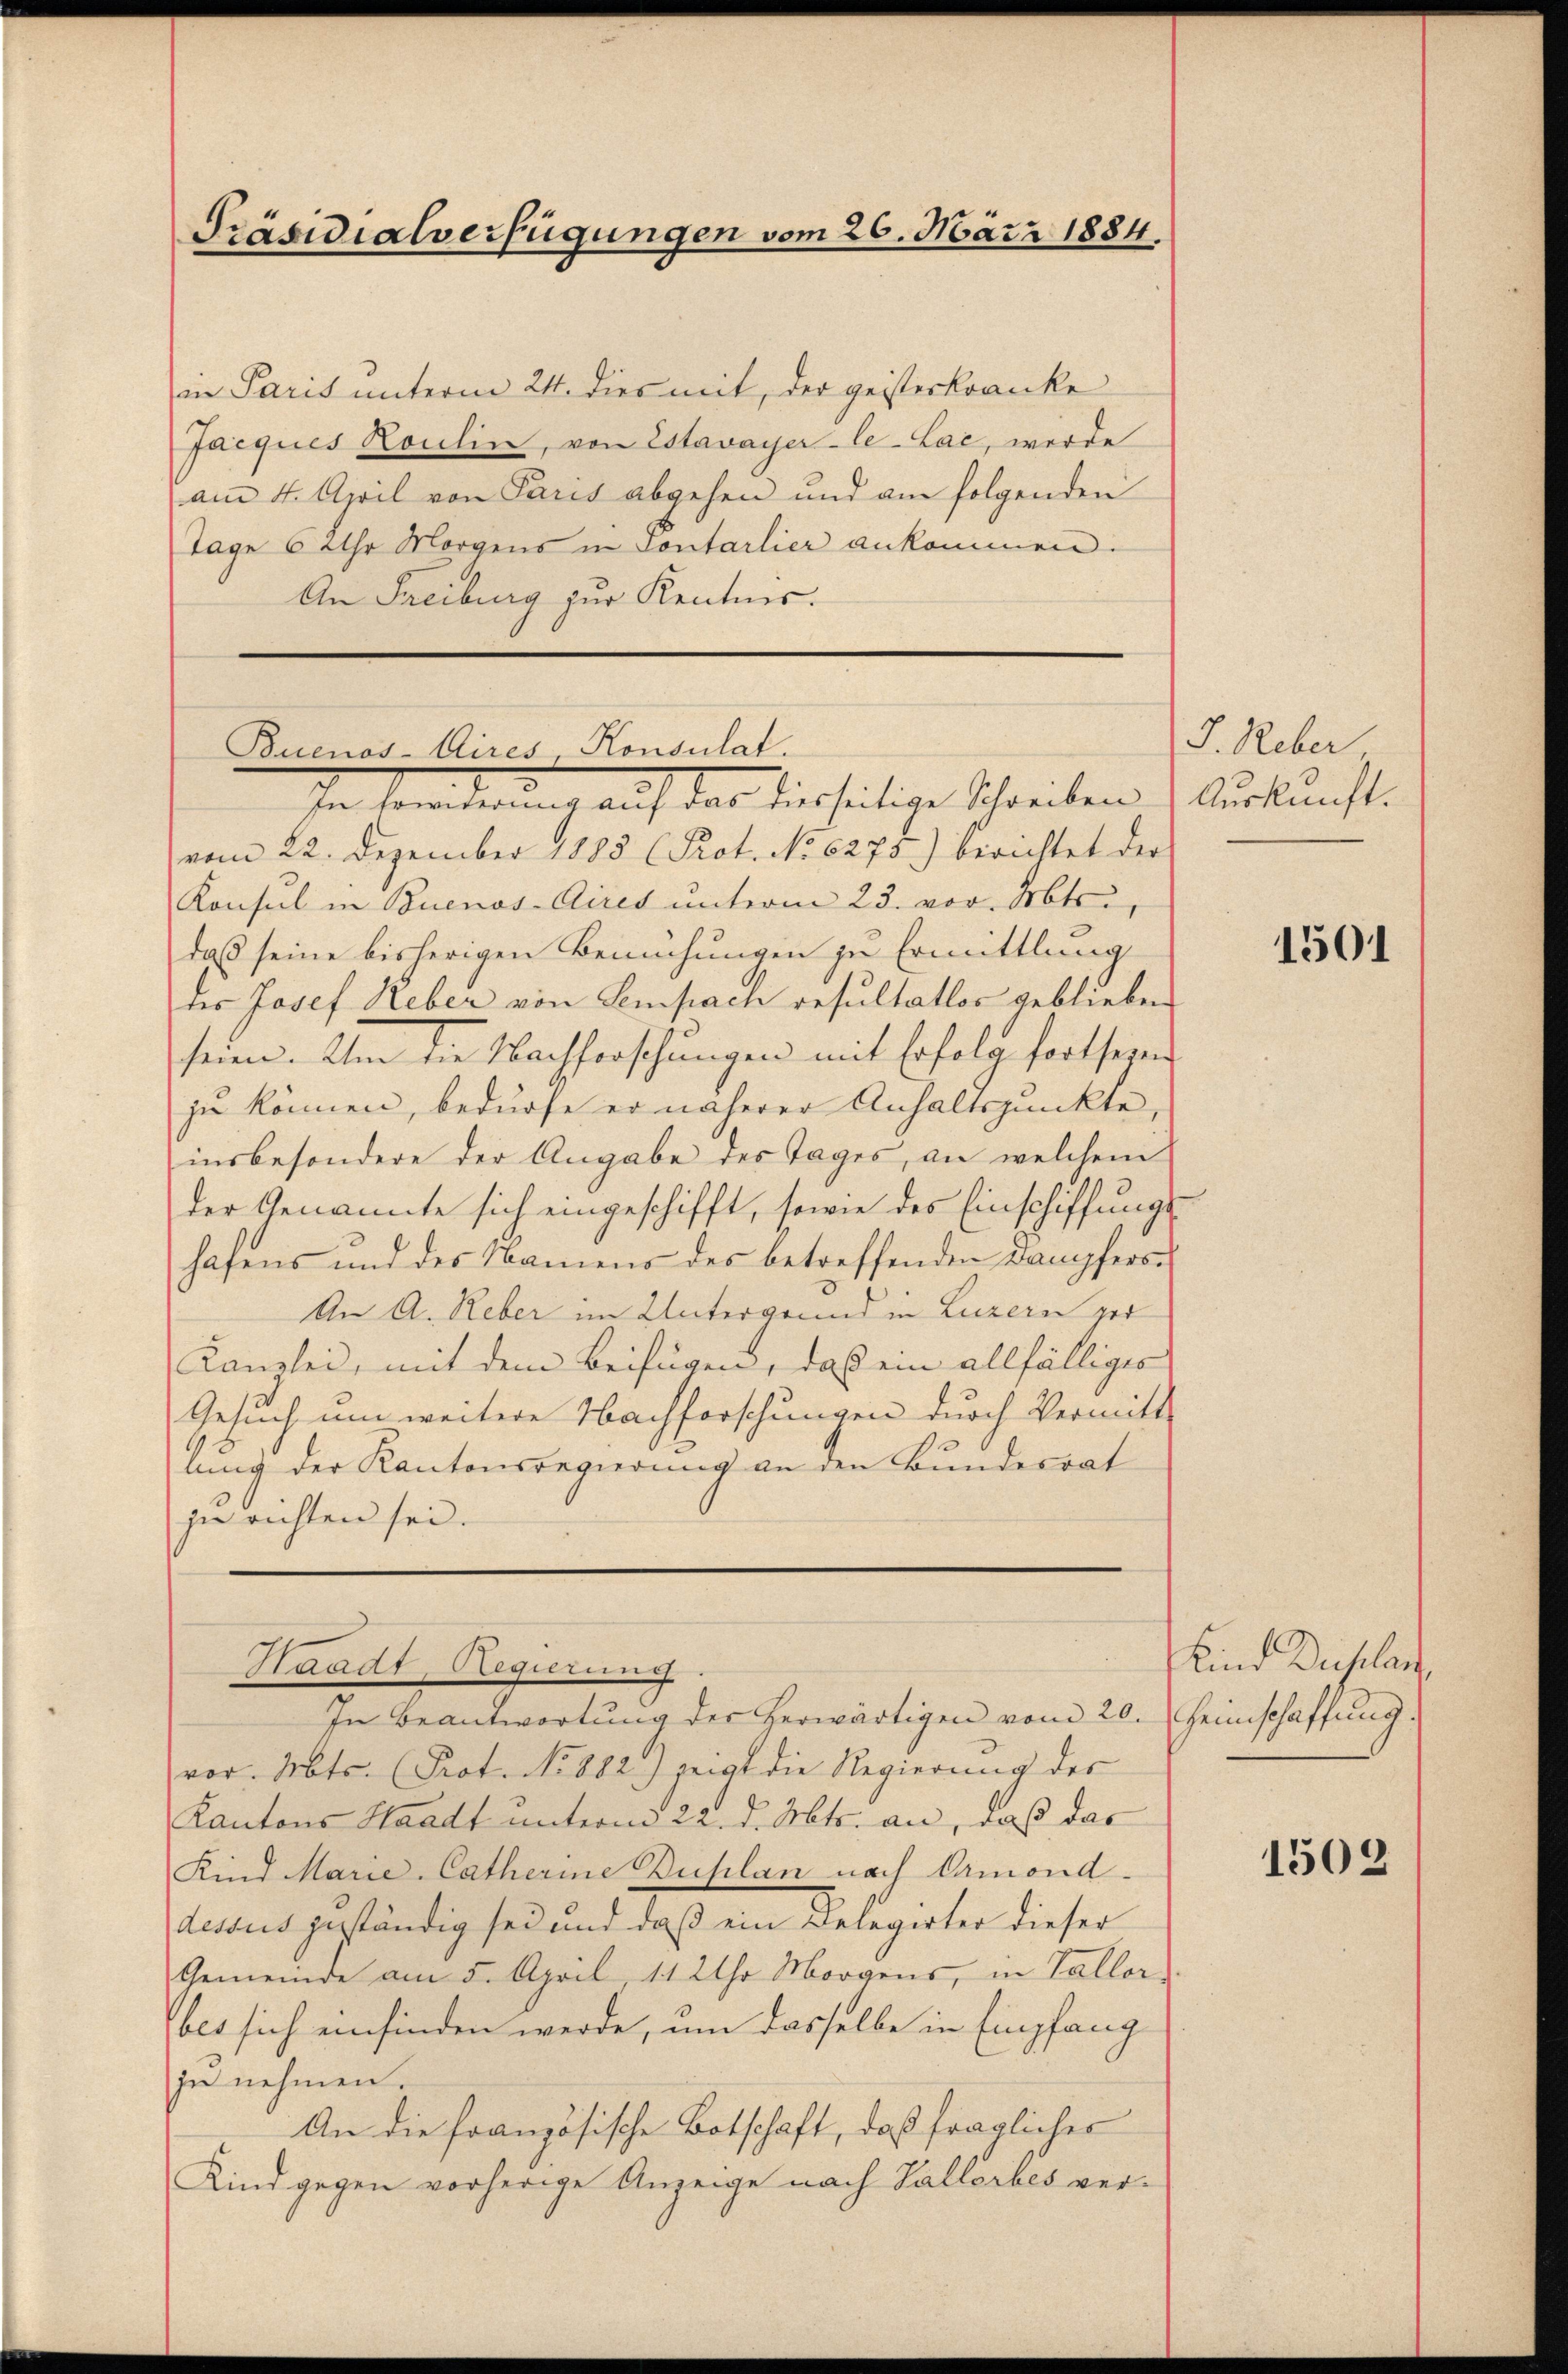
Präsidialverfügungen vom 26. März 1884.

in Paris unterm 24. dies mit, der geisterkranke
Jacques Koulin, von Estavayer-le-Lac, werde
am 4. April von Paris abgehen und am folgenden
Tage 6 Uhr Morgens in Sontarlier ankommen.
An Freiburg zur Kenntnis.

Buenos-Aires, Konsulat.
De Sonderung auf das derseitige Schreiben & Auskunft.

vom 22. Dezember 1883 (Prot. No 6275) berichtet der
Konsul in Buenos-Aires unterm 23. vor. Mts.,
daß seine bisherigen Bemühungen zu Ermittlung
des Josef Heber von Sempach resultatlos geblieben
seien. Um die Nachforschungen mit Erfolg fort seyen
zu können, bedürfe er näherer Anhaltspunkte,
insbesondere der Angabe des Tages, an welchem
der Genannte sich eingeschifft, sowie des Einschiffungs
hafens und des Namens des betreffenden Dampfers¬
An A. Reber im Untergrund in Luzern ver
Kanzlei, mit dem Beifügen, daß ein allfälliges
Gesuch um weitere Nachforschungen durch Vermitt
lung der Kantonsregierung an den Bundesrat
zu richten sei.

vor. Mts. (Prot. No 882) zeigt die Regierung des
Kantons Waadt unterm 22. d. Mts. an, daß das
Kind Marie-Catherine Duplan nach Ormond-
dessus geständig sei und daß ein Belegirter dieser
Gemeinde am 5. April 11 Uhr Morgens, in Vallor-
bes sich einfinden werde, um dasselbe in Empfang
zu nehmen.
An die französische Botschaft, daß fragliches
Kind gegen vorherige Anzeige nach Gallerbes ver¬

Waadt, Regierung
In Beantwortung des herwärtigen vom 20. Heimschaffung.

J. Reber,

1501

Kind Duchlan

1502